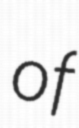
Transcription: of